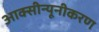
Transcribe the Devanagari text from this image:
आक्सीन्यूनीकरण